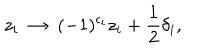
LaTeX: z _ { i } ~ \rightarrow ~ ( - 1 ) ^ { \epsilon _ { i } } z _ { i } + { \frac { 1 } { 2 } } \delta _ { i } ,